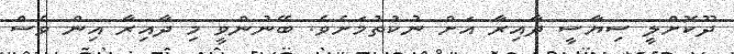
ދޫކޮށްލީ ސިޔާސީ ދާއިރާ އަށް ނުކުތުމަށެވެ. ބޭނުންވީ މި ދާއިރާ އިން ވެސް